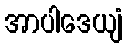
အာပါဒေယျံ